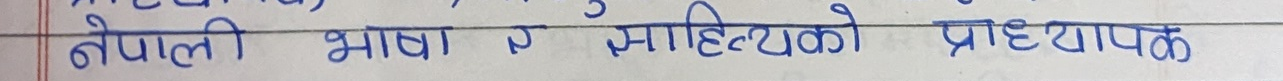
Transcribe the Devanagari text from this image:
नेपाली भाषा र साहित्यको प्राध्यापक